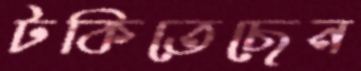
টকিতেছেন